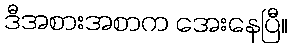
ဒီအစားအစာက အေးနေပြီ။